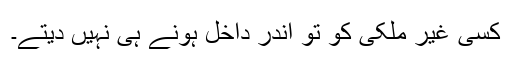
کسی غیر ملکی کو تو اندر داخل ہونے ہی نہیں دیتے۔